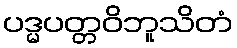
ပဒ္မပတ္တဝိဘူသိတံ